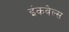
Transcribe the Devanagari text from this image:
इंकवेल्स